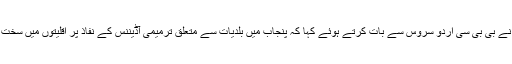
ملتان کے بشپ لیو پال نے بی بی سی اردو سروس سے بات کرتے ہوئے کہا کہ پنجاب میں بلدیات سے متعلق ترمیمی آڈیننس کے نفاذ پر اقلیتوں میں سخت تشویش پائی جاتی ہے۔